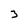
Character: 3